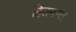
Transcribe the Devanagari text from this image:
हितमन्त